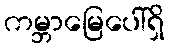
ကမ္ဘာမြေပေါ်ရှိ